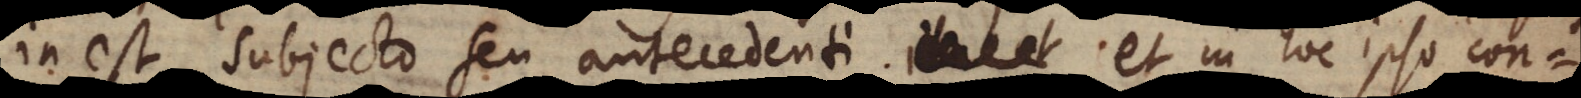
inest subjecto seu antecedenti, et in hoc ipso con